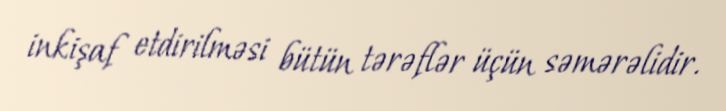
inkişaf etdirilməsi bütün tərəflər üçün səmərəlidir.